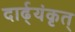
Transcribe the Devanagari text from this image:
दार्ढ्‌यंकृत्